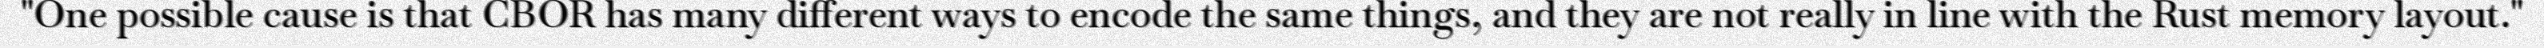
"One possible cause is that CBOR has many different ways to encode the same things, and they are not really in line with the Rust memory layout."